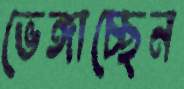
ভেঙ্গাচ্ছেন